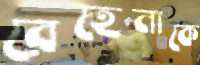
রেহেনাকে